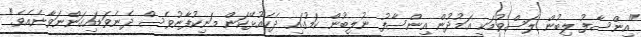
"އިންސާފު ލިބުން ލަސްވުމަކީ އަމުދުން އިންސާފު ނުލިބުން ކަމުގައި ދެކެއުޅޭކަން މަނިކުފާނުވެސް ދެނެވަޑައިގަންނަވާނެއެވެ."